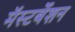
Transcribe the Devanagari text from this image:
मॅस्टर्बेशन